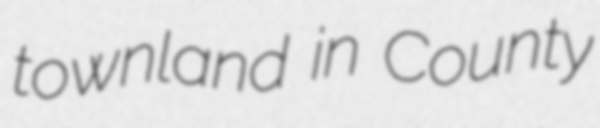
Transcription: townland in County